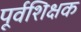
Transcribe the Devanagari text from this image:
पूर्वशिक्षक